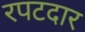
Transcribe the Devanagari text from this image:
रपटदार